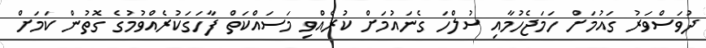
ދުވަސްވަރު ގައުމަށް ހަމަޖެހުމާއި ސުލްހަ ގެނައުމަށް ކުރެއްވި މަސައްކަތް ފާހަގަކުރެއްވުމުގެ ގޮތުން ކަމަށް